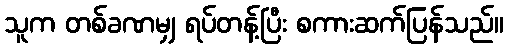
သူက တစ်ခဏမျှ ရပ်တန့်ပြီး စကားဆက်ပြန်သည်။